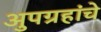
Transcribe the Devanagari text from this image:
अुपग्रहांचे